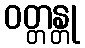
ဝတ္တန္တု